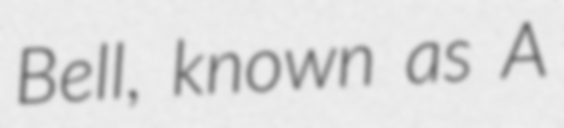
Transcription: Bell, known as A